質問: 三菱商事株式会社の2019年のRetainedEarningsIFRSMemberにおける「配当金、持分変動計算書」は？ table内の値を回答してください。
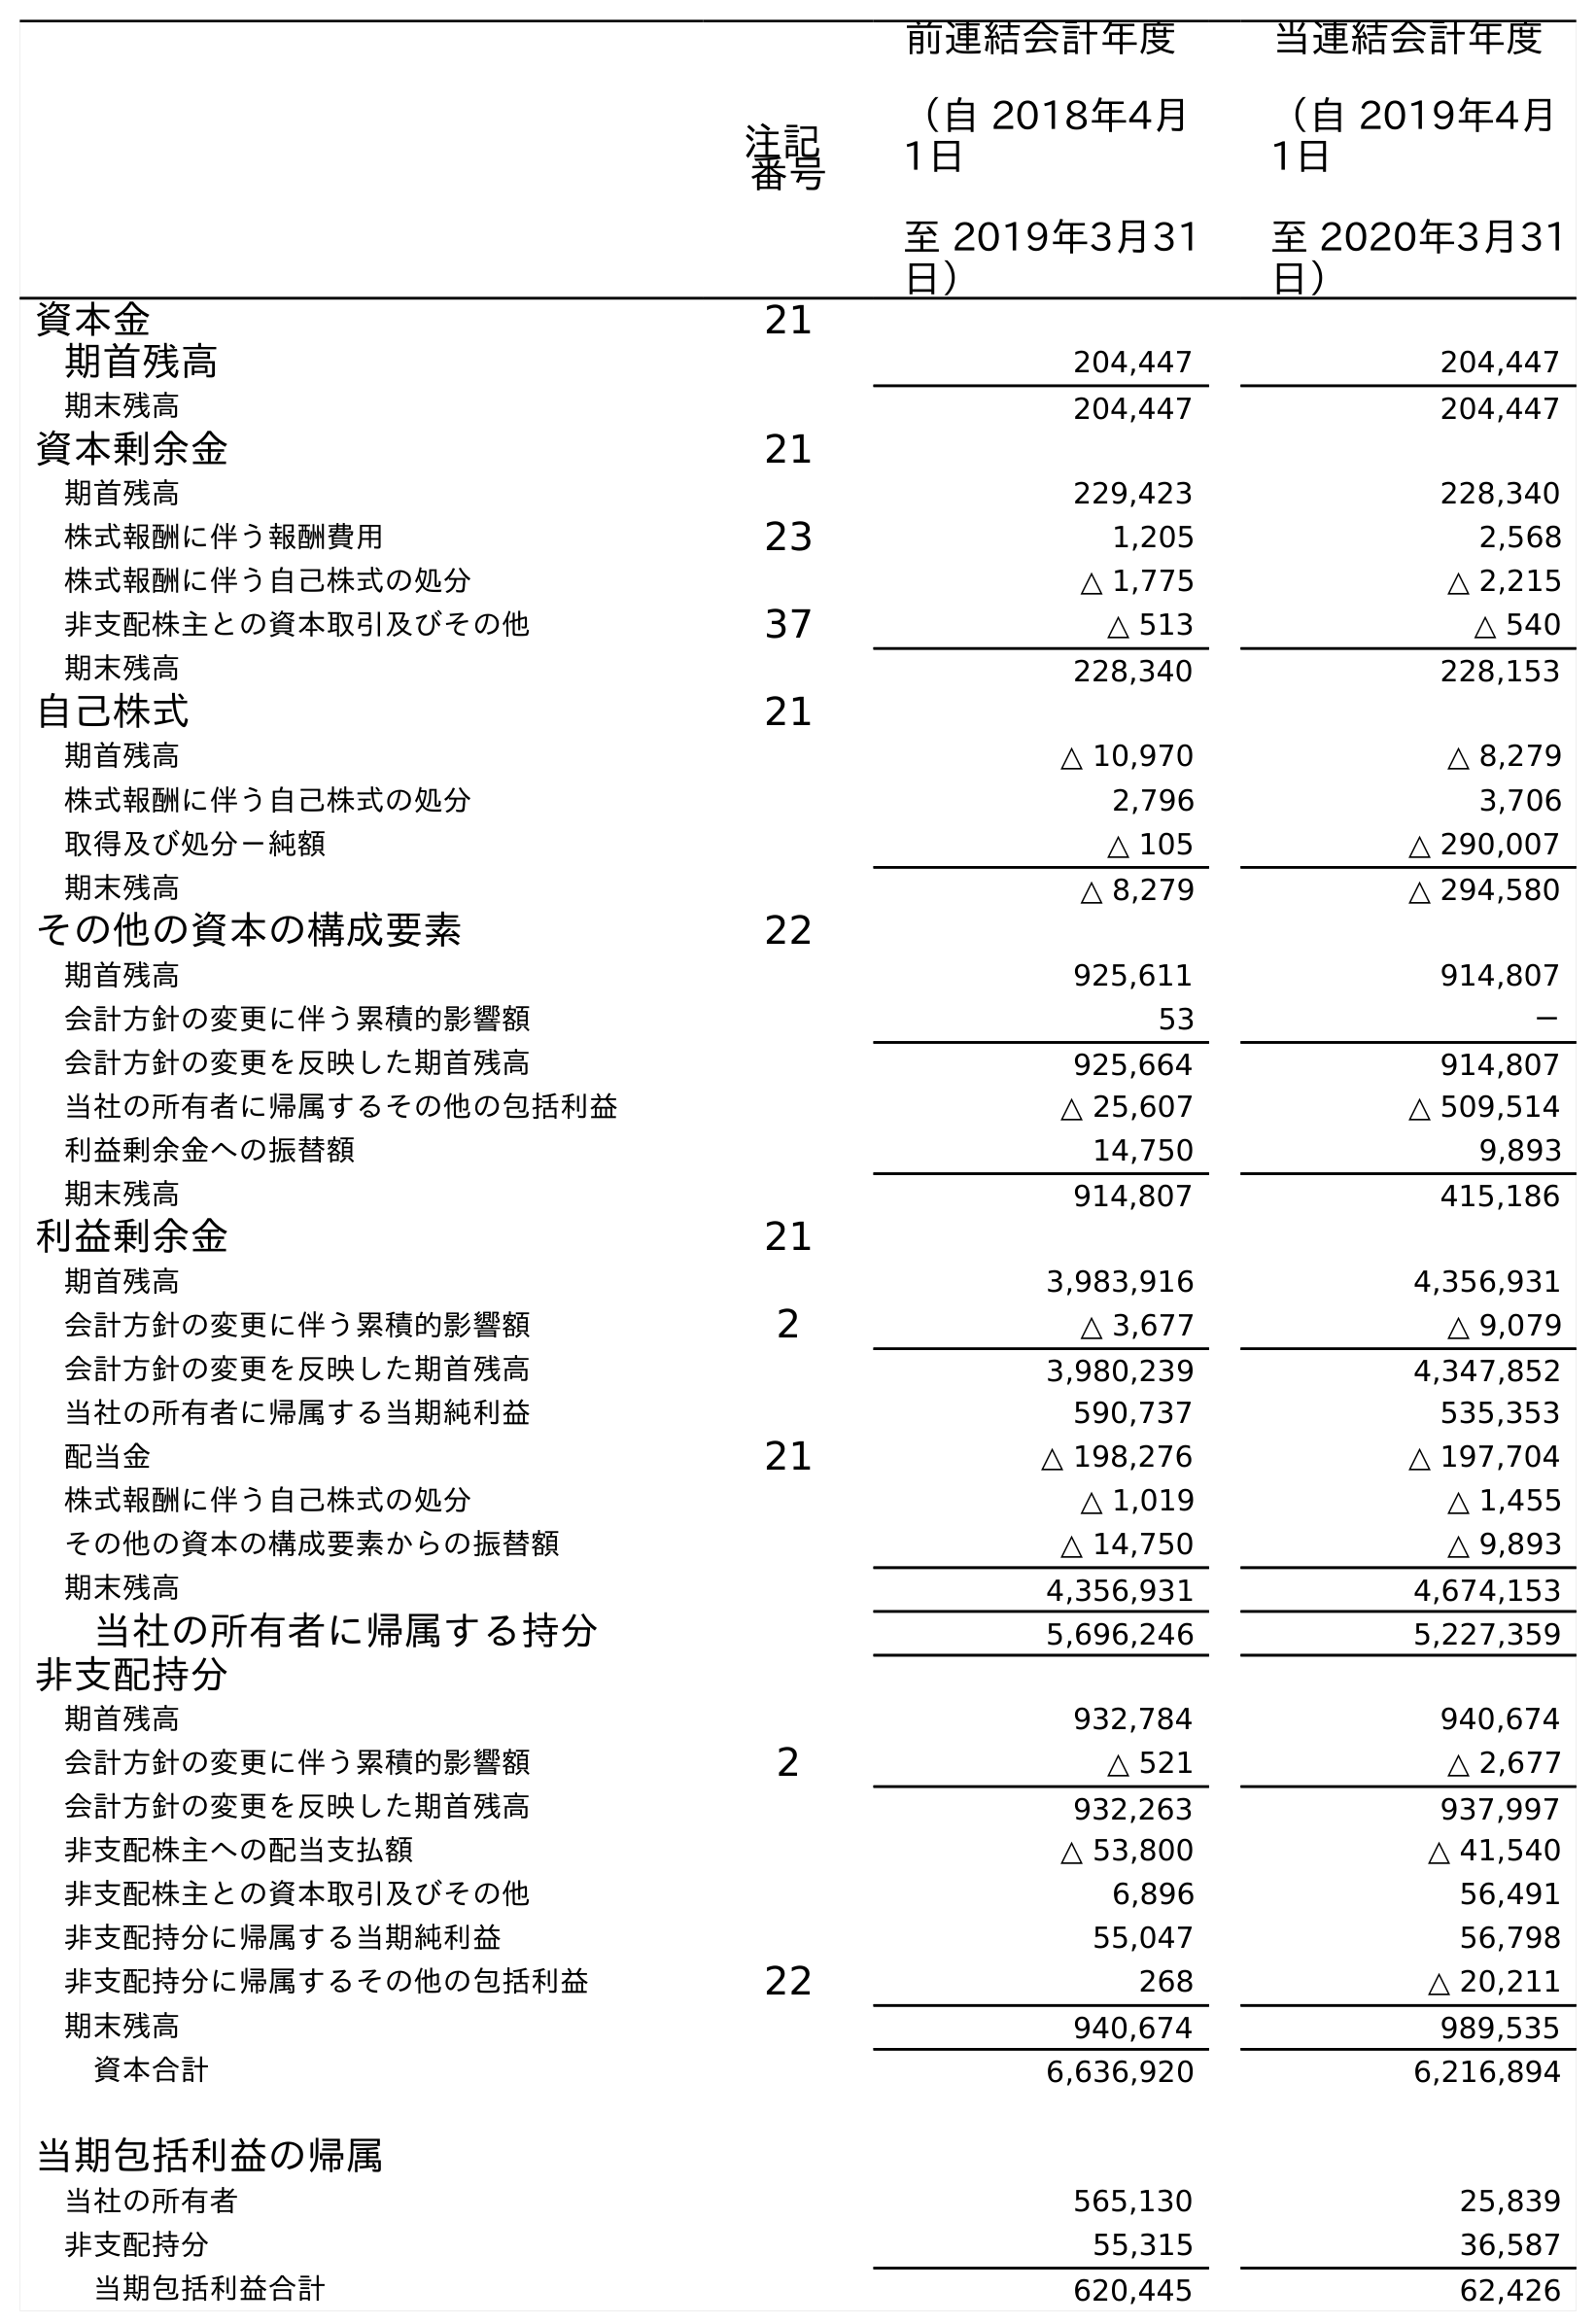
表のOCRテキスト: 注記 番号 前連結会計年度 （自 2018年4月 1日 至 2019年3月31 日） 当連結会計年度 （自 2019年4月 1日 至 2020年3月31 日） 資本金 21 期首残高 204,447 204,447 期末残高 204,447 204,447 資本剰余金 21 期首残高 229,423 228,340 株式報酬に伴う報酬費用 23 1,205 2,568 株式報酬に伴う自己株式の処分 △ 1,775 △ 2,215 非支配株主との資本取引及びその他 37 △ 513 △ 540 期末残高 228,340 228,153 自己株式 21 期首残高 △ 10,970 △ 8,279 株式報酬に伴う自己株式の処分 2,796 3,706 取得及び処分－純額 △ 105 △ 290,007 期末残高 △ 8,279 △ 294,580 その他の資本の構成要素 22 期首残高 925,611 914,807 会計方針の変更に伴う累積的影響額 53 － 会計方針の変更を反映した期首残高 925,664 914,807 当社の所有者に帰属するその他の包括利益 △ 25,607 △ 509,514 利益剰余金への振替額 14,750 9,893 期末残高 914,807 415,186 利益剰余金 21 期首残高 3,983,916 4,356,931 会計方針の変更に伴う累積的影響額 2 △ 3,677 △ 9,079 会計方針の変更を反映した期首残高 3,980,239 4,347,852 当社の所有者に帰属する当期純利益 590,737 535,353 配当金 21 △ 198,276 △ 197,704 株式報酬に伴う自己株式の処分 △ 1,019 △ 1,455 その他の資本の構成要素からの振替額 △ 14,750 △ 9,893 期末残高 4,356,931 4,674,153 当社の所有者に帰属する持分 5,696,246 5,227,359 非支配持分 期首残高 932,784 940,674 会計方針の変更に伴う累積的影響額 2 △ 521 △ 2,677 会計方針の変更を反映した期首残高 932,263 937,997 非支配株主への配当支払額 △ 53,800 △ 41,540 非支配株主との資本取引及びその他 6,896 56,491 非支配持分に帰属する当期純利益 55,047 56,798 非支配持分に帰属するその他の包括利益 22 268 △ 20,211 期末残高 940,674 989,535 資本合計 6,636,920 6,216,894 当期包括利益の帰属 当社の所有者 565,130 25,839 非支配持分 55,315 36,587 当期包括利益合計 620,445 62,426
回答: △198,276